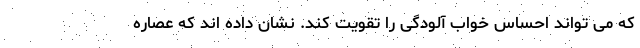
که می تواند احساس خواب آلودگی را تقویت کند. نشان داده اند که عصاره